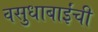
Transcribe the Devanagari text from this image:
वसुधाबाईंची